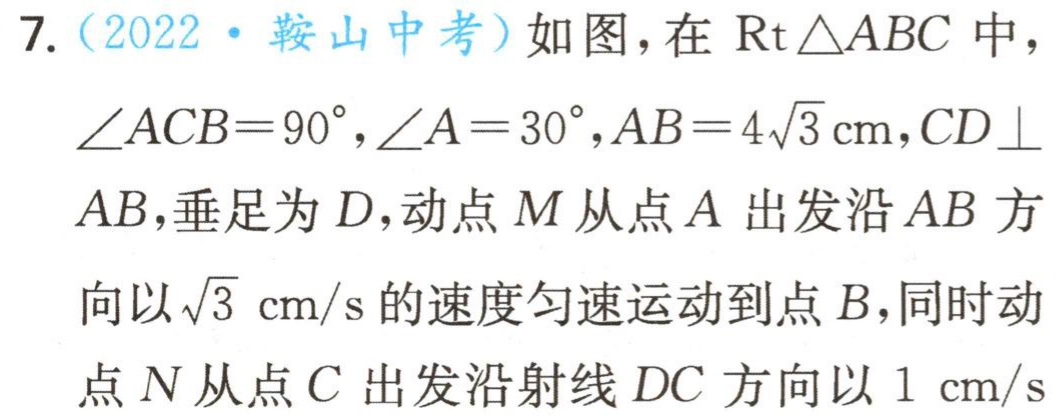
7.（2022·鞍山中考）如图，在$\text{Rt}\triangle ABC$中，$\angle ACB = 90^{\circ},\angle A = 30^{\circ},AB = 4\sqrt{3}\text{ cm},CD\perp AB$，垂足为$D$，动点$M$从点$A$出发沿$AB$方向以$\sqrt{3}\text{ cm/s}$的速度匀速运动到点$B$，同时动点$N$从点$C$出发沿射线$DC$方向以$1\text{ cm/s}$